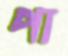
পা